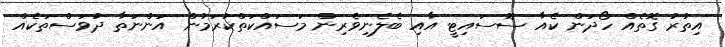
އިތުރު ގޮތެއް ހޯދަން ކެއާ ސޮސައިޓީ އާއި ބެލެނިވެރިން މަސައްކަތްކުރަމުން އަންނަތާ ދުވަސްތަކެއް